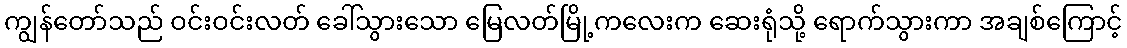
ကျွန်တော်သည် ဝင်းဝင်းလတ် ခေါ်သွားသော မြေလတ်မြို့ကလေးက ဆေးရုံသို့ ရောက်သွားကာ အချစ်ကြောင့်